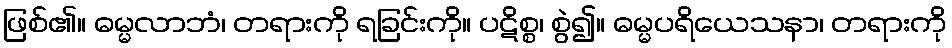
ဖြစ်၏။ ဓမ္မလာဘံ၊ တရားကို ရခြင်းကို။ ပဋိစ္စ၊ စွဲ၍။ ဓမ္မပရိယေသနာ၊ တရားကို